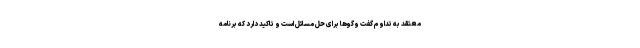
معتقد به تداوم گفت وگوها برای حل مسائل است و تاکید دارد که برنامه